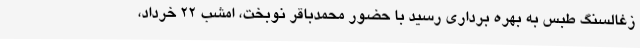
زغالسنگ طبس به بهره برداری رسید با حضور محمدباقر نوبخت، امشب 22 خرداد،